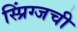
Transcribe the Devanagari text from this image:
स्प्रिंग्जची